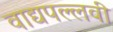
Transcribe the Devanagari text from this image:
वाद्यपल्लवी